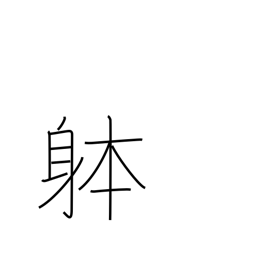
Meaning: object